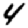
Digit: 4